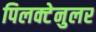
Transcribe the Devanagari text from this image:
पिलक्टेनुलर